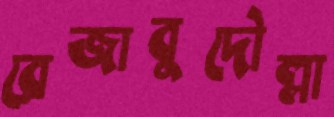
রেজাবুদৌল্লা